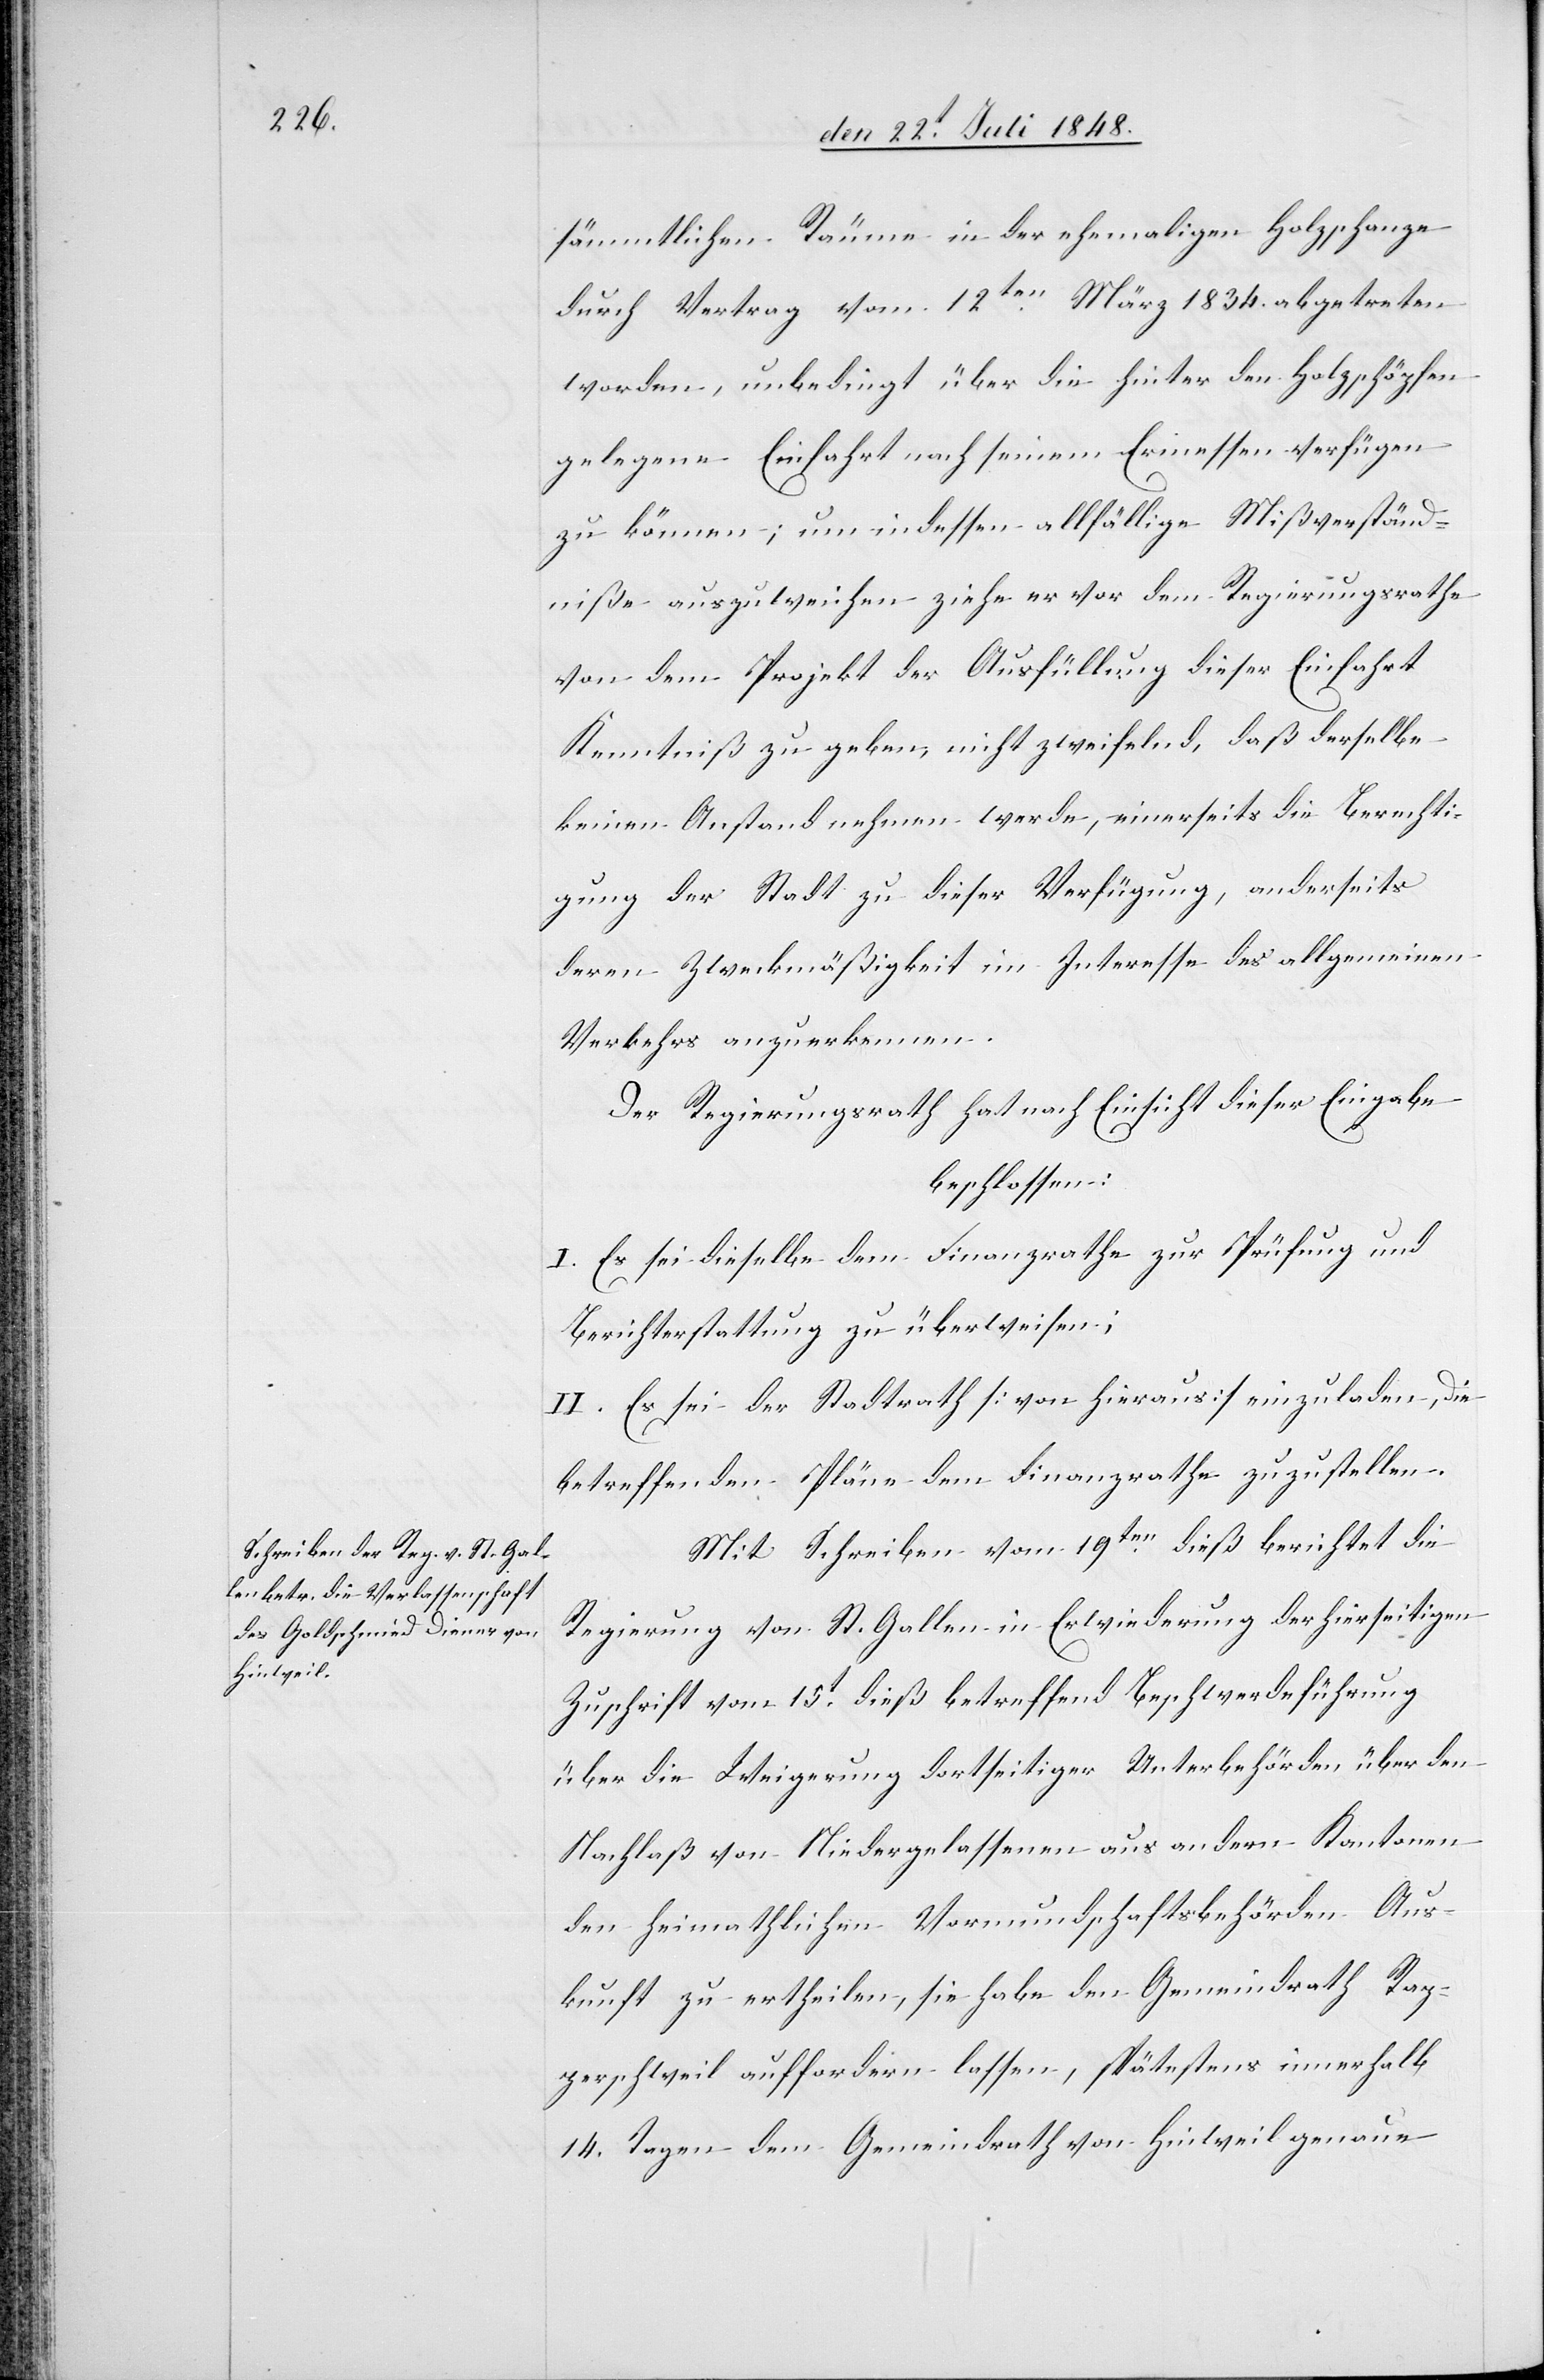
sämmtlichen Räume in der ehemaligen Holzschanze
durch Vertrag vom 12ten März 1834. abgetreten
worden, unbedingt über die hinter den Holzschöpfen
gelegene Einfahrt nach seinem Ermessen verfügen
zu können; um indessen allfällige Mißverständ¬
niße auszuweichen ziehe er vor dem Regierungsrathe
von dem Projekt der Ausfüllung dieser Einfahrt
Kenntniß zu geben, nicht zweifelnd, daß derselbe
keinen Anstand nehmen werde, einerseits die Berechti¬
gung der Stadt zu dieser Verfügung, anderseits
deren Zweckmäßigkeit im Interesse des allgemeinen
Verkehrs anzuerkennen.
Der Regierungsrath hat nach Einsicht dieser Eingabe
beschlossen:
I. Es sei dieselbe dem Finanzrathe zur Prüfung und
Berichterstattung zu überweisen;
II. Es sei der Stadtrath [von hieraus] einzuladen, die
betreffenden Pläne dem Finanzrathe zuzustellen.
Mit Schreiben vom 19ten dieß berichtet die
Regierung von St. Gallen in Erwiederung der hierseitigen
Zuschrift vom 15t dieß betreffend Beschwerdeführung
über die Weigerung dortseitiger Unterbehörden über den
Nachlaß von Niedergelassenen aus andern Kantonen
den heimathlichen Vormundschaftsbehörden Aus¬
kunft zu ertheilen, sie habe den Gemeindrath Rap¬
perschweil auffordern lassen, spätestens innerhalb
14. Tagen dem Gemeindrath von Hinweil genaue